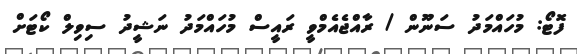
ފޮޓޯ: މުހައްމަދު ސަނޫން / ރާއްޖެއެމްވީ ރައީސް މުހައްމަދު ނަޝީދު ސިވިލް ކޯޓަށް